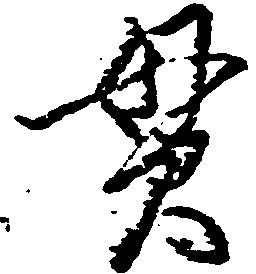
貫